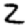
Digit: 2